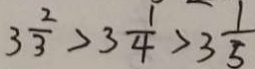
3 \frac { 2 } { 3 } > 3 \frac { 1 } { 4 } > 3 \frac { 1 } { 5 }